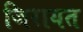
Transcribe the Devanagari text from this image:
जिरायत